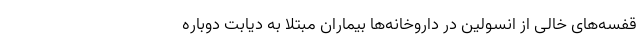
قفسه‌های خالی از انسولین در داروخانه‌ها بیماران مبتلا به دیابت دوباره